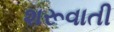
શરૂવાતી